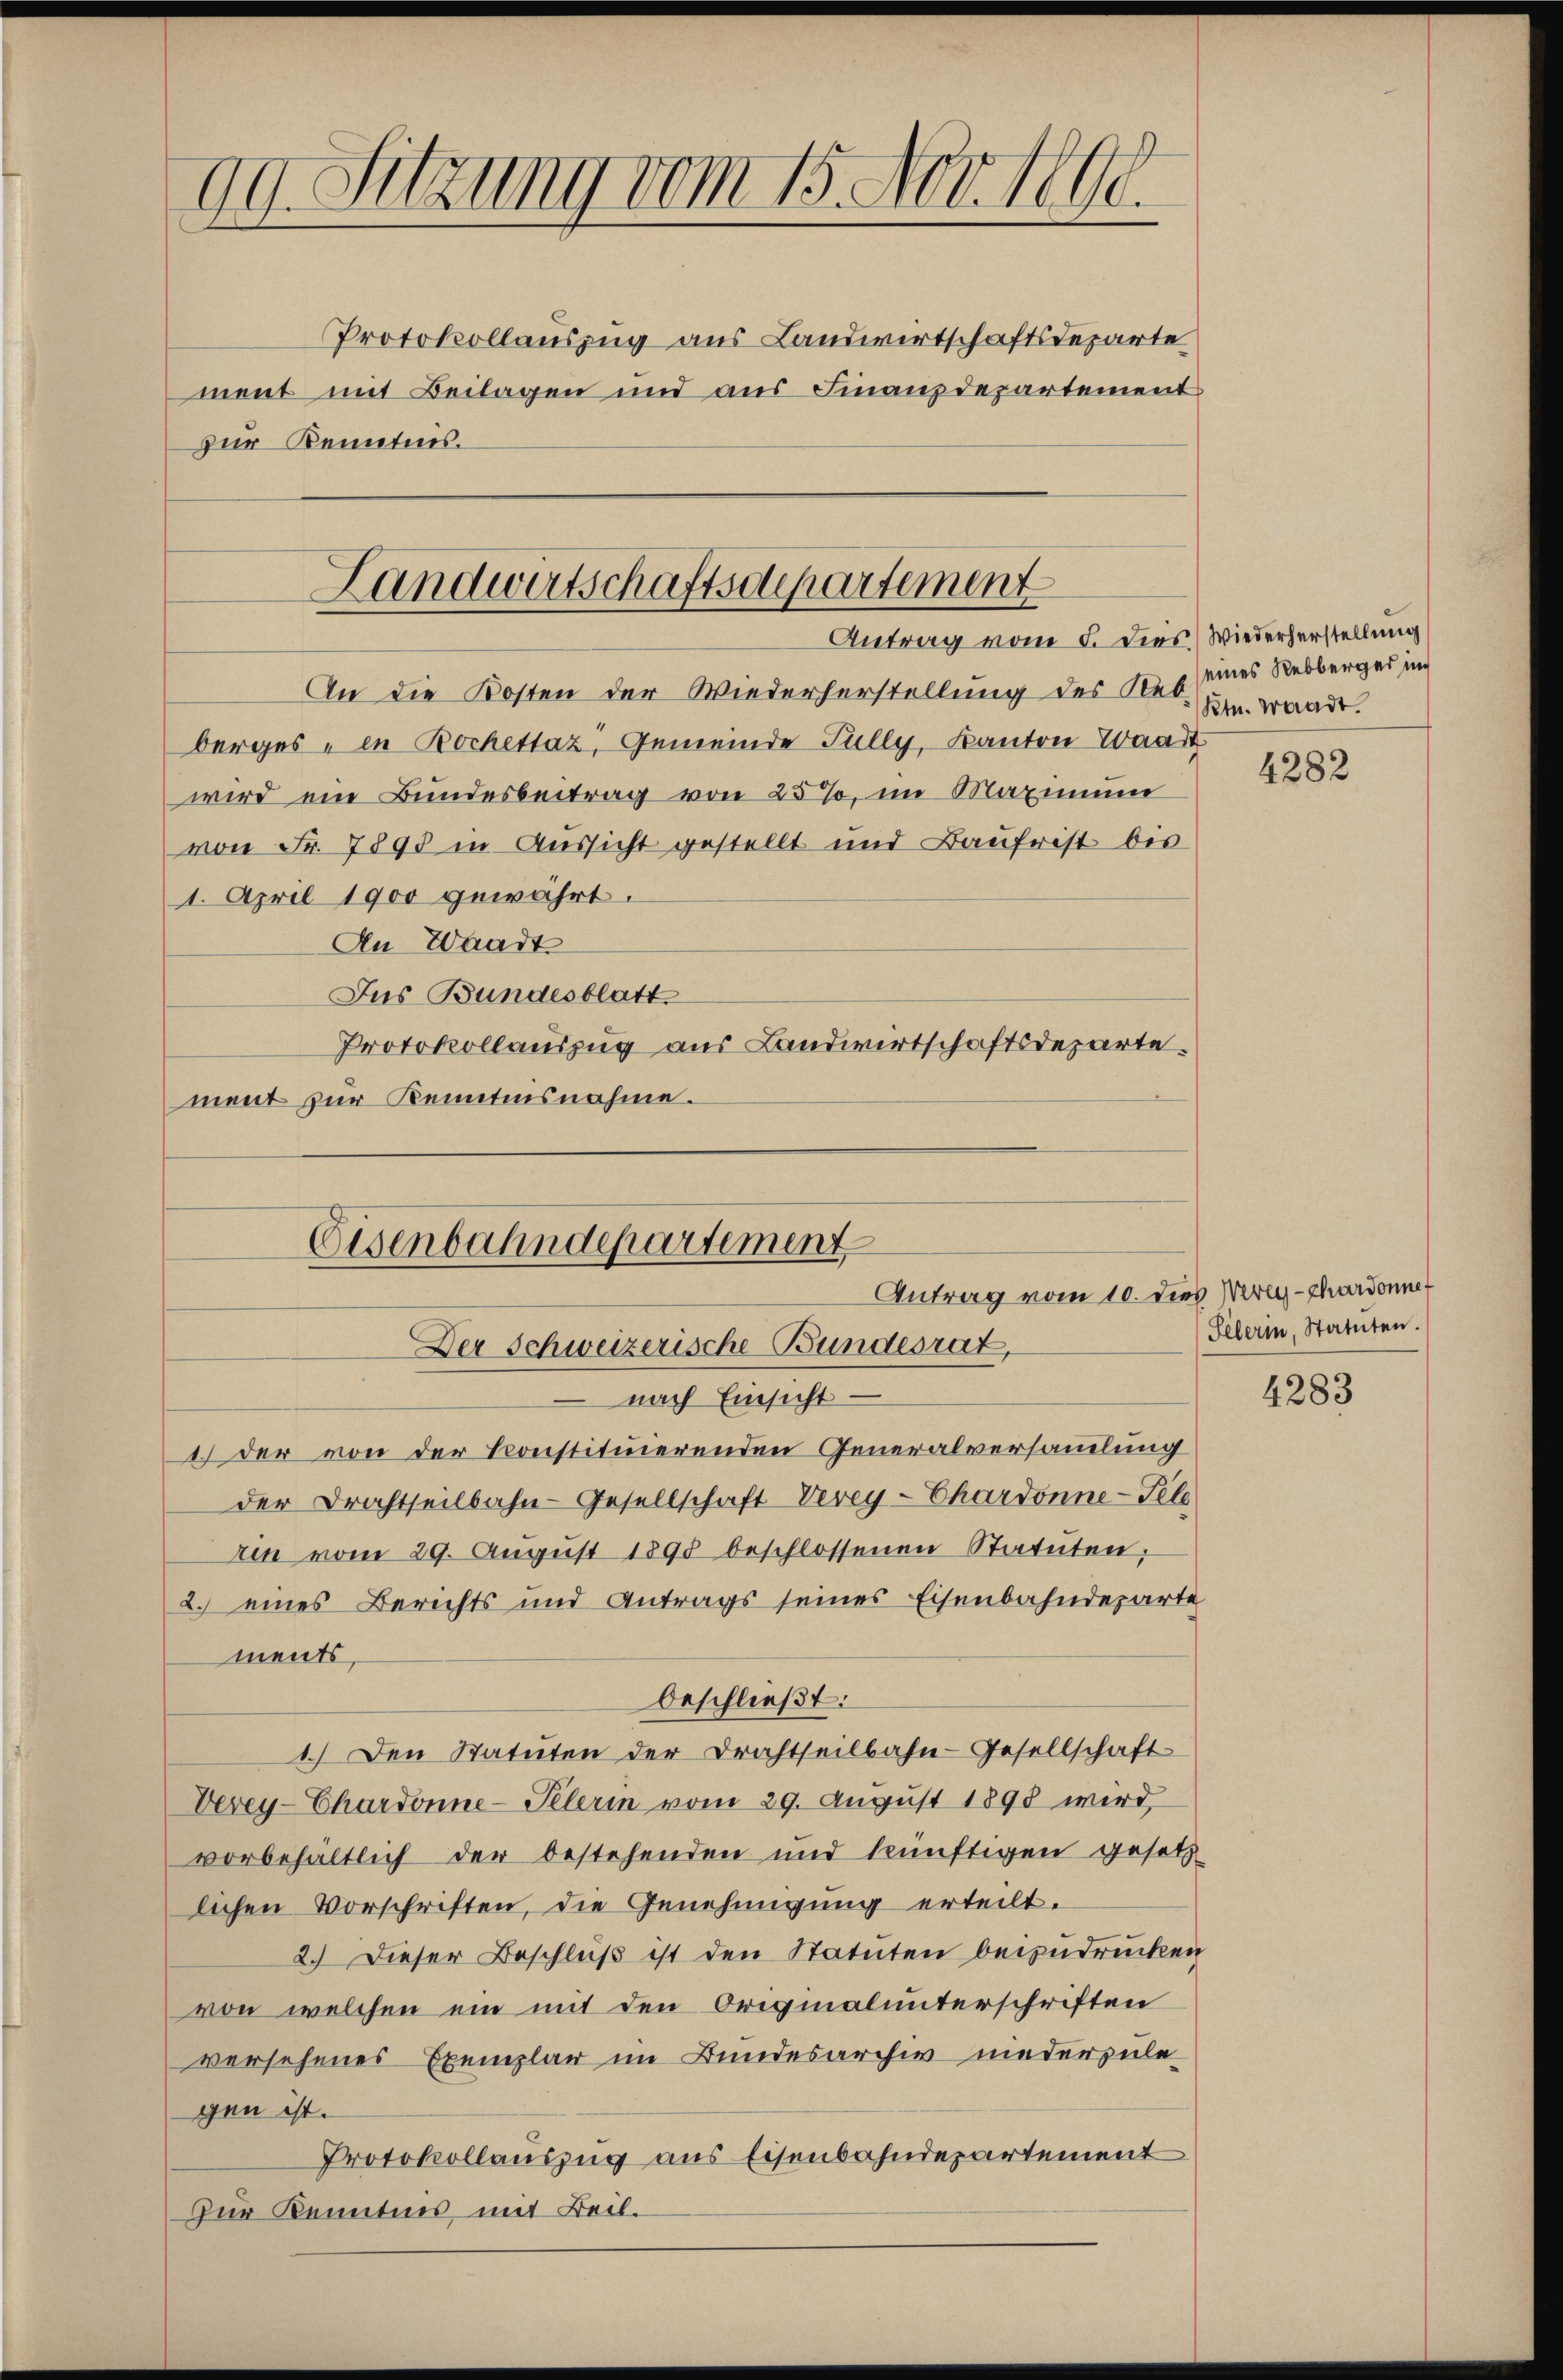
99. Sitzung vom 15. Nov. 1890.

Protokollauszug aus Landwirtschaftsdeparte
ment mit Beilagen und aus Finanzdepartement
zur Kenntnis.

An die Kosten der Wiederherstellung des Res. um. Waadt.
berges - in Bochettaz, Gemeinde Fully, Kanton Waadt
wird ein Bundesbeitrag von 25%, im Maximum
von Fr. 7898 in Aussicht gestellt und Baufrist bes
1. April 1900 gewährt.
An Waadt
Jus Bundesblatt
Protokollauszug aus Landwirtschaftsdeparte.
ment zur Kenntnisnahme.

Landwirtschaftsdepartement
Antrag vom 5. Dies) Wiederherstellung

Eisenbahndepartement
Antrag vom 10. dies Werey-chardonne
Der Schweizerische Bundesrat,

nach Einsicht.
1.) Der von der Konstituierenden Generalversammlung
der Drachtheilbahn-Gesellschaft Verey-Chardonne-Feld
rin vom 29. Aŭgŭst 1890 beschlossenen Statuten;
2.) eines Berichts und Antrags seines Eisenbahndeparte
ments,
beschließt:
1.) Den Statuten der Drahtheilbahn-Gesellschaft
Vevey-Chardonne-Pelerin vom 29. August 1898 wird,
vorbehältlich der bestehenden und künftigen gesetz
lichen Vorschriften, die Genehmigung erteilt.
2.) Dieser Beschluß ist den Statuten beizudrücken
von welchen ein mit den Originalunterschriften
versehenes Exemplar im Bundesarchiv niederzulegen ist.
Protokollauszug aus Eisenbahndepartement
Zur Kenntnis, mit Beil.

eines Rebberger in

4282

Pelerin, Statuten.

4283